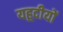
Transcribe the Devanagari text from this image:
यहूदीयों